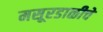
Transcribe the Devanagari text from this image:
मसूरडाळीचे